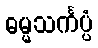
ဓမ္မသင်္ကပ္ပံ